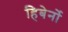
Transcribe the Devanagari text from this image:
हिबेर्नो